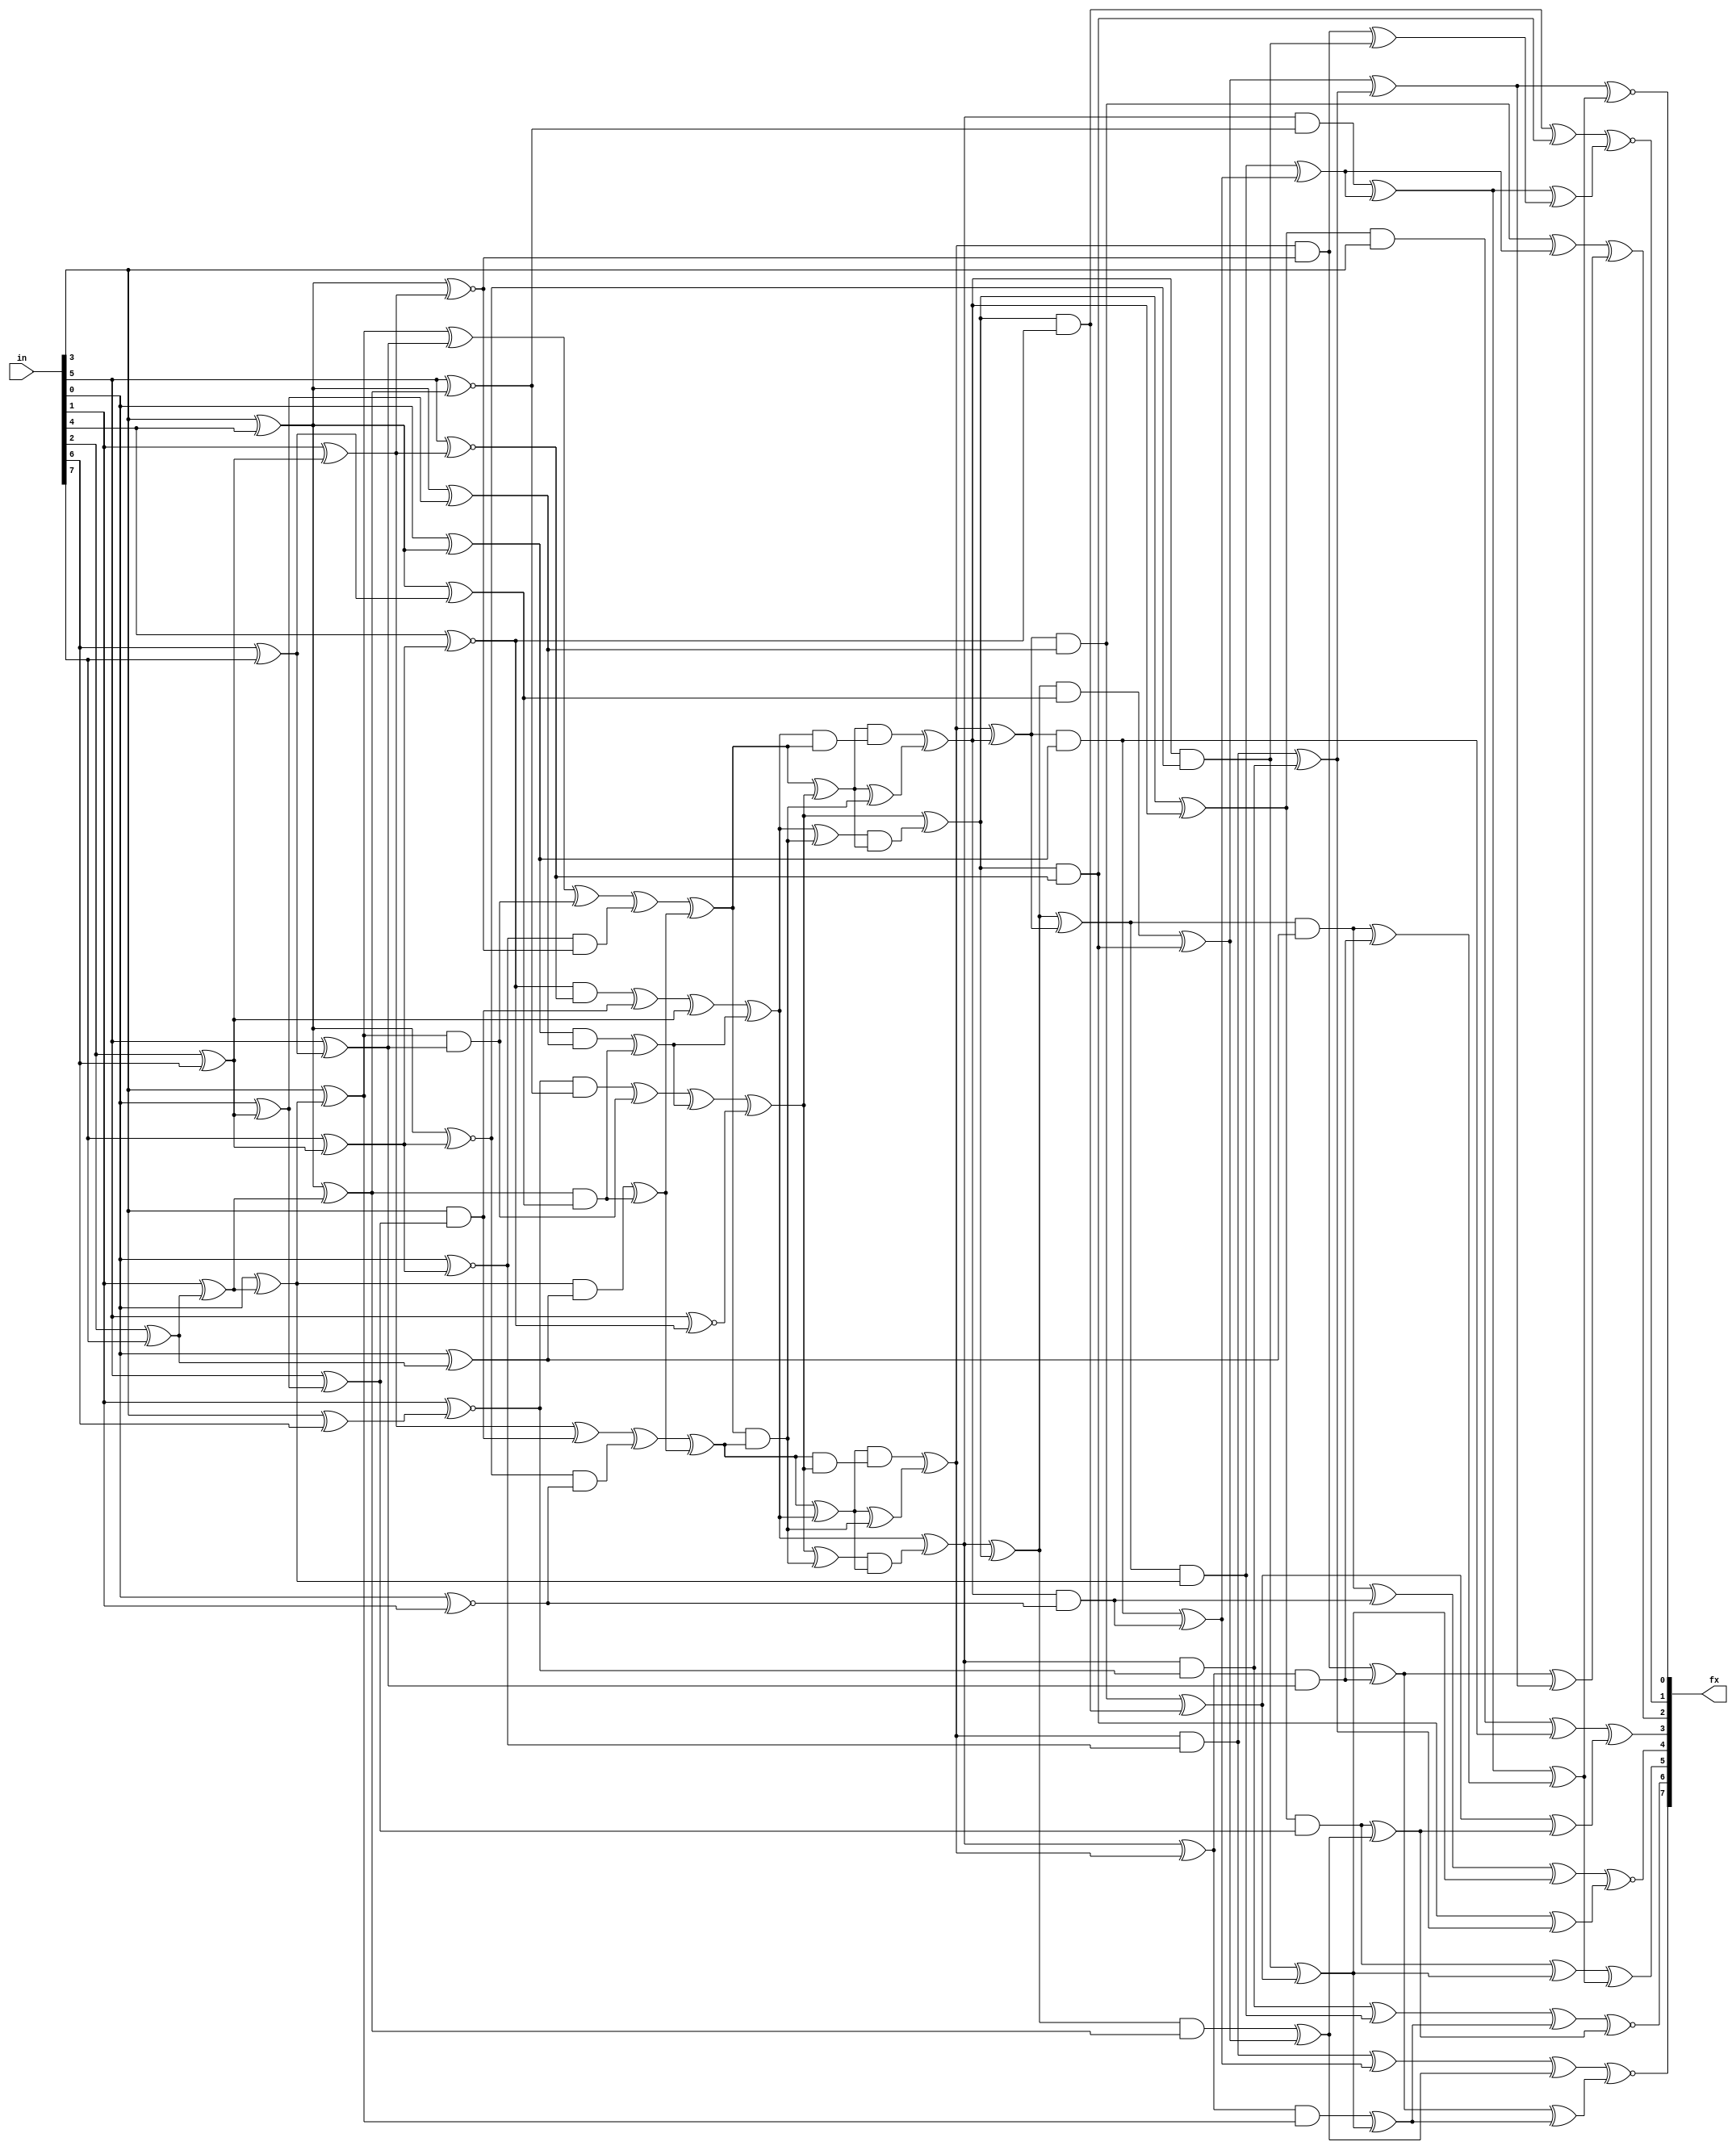
module ibex_sm4_sbox (
	in,
	fx
);
	input wire [7:0] in;
	output wire [7:0] fx;
	function automatic [20:0] sm4_sbox_top;
		input reg [7:0] x;
		reg y20;
		reg y19;
		reg y18;
		reg y17;
		reg y16;
		reg y15;
		reg y14;
		reg y13;
		reg y12;
		reg y11;
		reg y10;
		reg y9;
		reg y8;
		reg y7;
		reg y6;
		reg y5;
		reg y4;
		reg y3;
		reg y2;
		reg y1;
		reg y0;
		reg t6;
		reg t5;
		reg t4;
		reg t3;
		reg t2;
		reg t1;
		reg t0;
		begin
			y18 = x[2] ^ x[6];
			t0 = x[3] ^ x[4];
			t1 = x[2] ^ x[7];
			t2 = x[7] ^ y18;
			t3 = x[1] ^ t1;
			t4 = x[6] ^ x[7];
			t5 = x[0] ^ y18;
			t6 = x[3] ^ x[6];
			y10 = x[1] ^ y18;
			y0 = x[5] ~^ y10;
			y1 = t0 ^ t3;
			y2 = x[0] ^ t0;
			y4 = x[0] ^ t3;
			y3 = x[3] ^ y4;
			y5 = x[5] ^ t5;
			y6 = x[0] ~^ x[1];
			y7 = t0 ~^ y10;
			y8 = t0 ^ t5;
			y9 = x[3];
			y11 = t0 ^ t4;
			y12 = x[5] ^ t4;
			y13 = x[5] ~^ y1;
			y14 = x[4] ~^ t2;
			y15 = x[1] ~^ t6;
			y16 = x[0] ~^ t2;
			y17 = t0 ~^ t2;
			y19 = x[5] ~^ y14;
			y20 = x[0] ^ t1;
			sm4_sbox_top = {y20, y19, y18, y17, y16, y15, y14, y13, y12, y11, y10, y9, y8, y7, y6, y5, y4, y3, y2, y1, y0};
		end
	endfunction
	function automatic [7:0] sm4_sbox_out;
		input reg [17:0] x;
		reg [7:0] y;
		reg t29;
		reg t28;
		reg t27;
		reg t26;
		reg t25;
		reg t24;
		reg t23;
		reg t22;
		reg t21;
		reg t20;
		reg t19;
		reg t18;
		reg t17;
		reg t16;
		reg t15;
		reg t14;
		reg t13;
		reg t12;
		reg t11;
		reg t10;
		reg t9;
		reg t8;
		reg t7;
		reg t6;
		reg t5;
		reg t4;
		reg t3;
		reg t2;
		reg t1;
		reg t0;
		begin
			t0 = x[4] ^ x[7];
			t1 = x[13] ^ x[15];
			t2 = x[2] ^ x[16];
			t3 = x[6] ^ t0;
			t4 = x[12] ^ t1;
			t5 = x[9] ^ x[10];
			t6 = x[11] ^ t2;
			t7 = x[1] ^ t4;
			t8 = x[0] ^ x[17];
			t9 = x[3] ^ x[17];
			t10 = x[8] ^ t3;
			t11 = t2 ^ t5;
			t12 = x[14] ^ t6;
			t13 = t7 ^ t9;
			t14 = x[0] ^ x[6];
			t15 = x[7] ^ x[16];
			t16 = x[5] ^ x[13];
			t17 = x[3] ^ x[15];
			t18 = x[10] ^ x[12];
			t19 = x[9] ^ t1;
			t20 = x[4] ^ t4;
			t21 = x[14] ^ t3;
			t22 = x[16] ^ t5;
			t23 = t7 ^ t14;
			t24 = t8 ^ t11;
			t25 = t0 ^ t12;
			t26 = t17 ^ t3;
			t27 = t18 ^ t10;
			t28 = t19 ^ t6;
			t29 = t8 ^ t10;
			y[0] = t11 ~^ t13;
			y[1] = t15 ~^ t23;
			y[2] = t20 ^ t24;
			y[3] = t16 ^ t25;
			y[4] = t26 ~^ t22;
			y[5] = t21 ^ t13;
			y[6] = t27 ~^ t12;
			y[7] = t28 ~^ t29;
			sm4_sbox_out = y;
		end
	endfunction
	function automatic [17:0] sm4_sbox_inv_mid;
		input reg [20:0] x;
		reg [17:0] y;
		reg t45;
		reg t44;
		reg t43;
		reg t42;
		reg t41;
		reg t40;
		reg t39;
		reg t38;
		reg t37;
		reg t36;
		reg t35;
		reg t34;
		reg t33;
		reg t32;
		reg t31;
		reg t30;
		reg t29;
		reg t28;
		reg t27;
		reg t26;
		reg t25;
		reg t24;
		reg t23;
		reg t22;
		reg t21;
		reg t20;
		reg t19;
		reg t18;
		reg t17;
		reg t16;
		reg t15;
		reg t14;
		reg t13;
		reg t12;
		reg t11;
		reg t10;
		reg t9;
		reg t8;
		reg t7;
		reg t6;
		reg t5;
		reg t4;
		reg t3;
		reg t2;
		reg t1;
		reg t0;
		begin
			t0 = x[3] ^ x[12];
			t1 = x[9] & x[5];
			t2 = x[17] & x[6];
			t3 = x[10] ^ t1;
			t4 = x[14] & x[0];
			t5 = t4 ^ t1;
			t6 = x[3] & x[12];
			t7 = x[16] & x[7];
			t8 = t0 ^ t6;
			t9 = x[15] & x[13];
			t10 = t9 ^ t6;
			t11 = x[1] & x[11];
			t12 = x[4] & x[20];
			t13 = t12 ^ t11;
			t14 = x[2] & x[8];
			t15 = t14 ^ t11;
			t16 = t3 ^ t2;
			t17 = t5 ^ x[18];
			t18 = t8 ^ t7;
			t19 = t10 ^ t15;
			t20 = t16 ^ t13;
			t21 = t17 ^ t15;
			t22 = t18 ^ t13;
			t23 = t19 ^ x[19];
			t24 = t22 ^ t23;
			t25 = t22 & t20;
			t26 = t21 ^ t25;
			t27 = t20 ^ t21;
			t28 = t23 ^ t25;
			t29 = t28 & t27;
			t30 = t26 & t24;
			t31 = t20 & t23;
			t32 = t27 & t31;
			t33 = t27 ^ t25;
			t34 = t21 & t22;
			t35 = t24 & t34;
			t36 = t24 ^ t25;
			t37 = t21 ^ t29;
			t38 = t32 ^ t33;
			t39 = t23 ^ t30;
			t40 = t35 ^ t36;
			t41 = t38 ^ t40;
			t42 = t37 ^ t39;
			t43 = t37 ^ t38;
			t44 = t39 ^ t40;
			t45 = t42 ^ t41;
			y[0] = t38 & x[7];
			y[1] = t37 & x[13];
			y[2] = t42 & x[11];
			y[3] = t45 & x[20];
			y[4] = t41 & x[8];
			y[5] = t44 & x[9];
			y[6] = t40 & x[17];
			y[7] = t39 & x[14];
			y[8] = t43 & x[3];
			y[9] = t38 & x[16];
			y[10] = t37 & x[15];
			y[11] = t42 & x[1];
			y[12] = t45 & x[4];
			y[13] = t41 & x[2];
			y[14] = t44 & x[5];
			y[15] = t40 & x[6];
			y[16] = t39 & x[0];
			y[17] = t43 & x[12];
			sm4_sbox_inv_mid = y;
		end
	endfunction
	wire [20:0] t1;
	wire [17:0] t2;
	assign t1 = sm4_sbox_top(in);
	assign t2 = sm4_sbox_inv_mid(t1);
	assign fx = sm4_sbox_out(t2);
endmodule